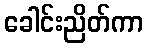
ခေါင်းညိတ်ကာ